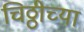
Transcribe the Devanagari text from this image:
चिठ्ठीच्या